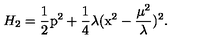
H _ { 2 } = \frac { 1 } { 2 } \mathrm { p } ^ { 2 } + \frac { 1 } { 4 } \lambda ( \mathrm { x } ^ { 2 } - \frac { \mu ^ { 2 } } { \lambda } ) ^ { 2 } .